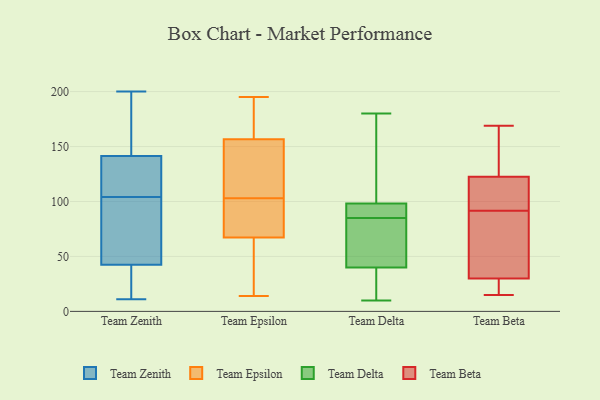
{"axis": {"x": "Inventory Turnover", "y": "Value"}, "legend": ["Team Beta", "Team Delta", "Team Epsilon", "Team Zenith"], "data": [{"x": "", "y": 137, "type": "Team Zenith"}, {"x": "", "y": 146, "type": "Team Zenith"}, {"x": "", "y": 11, "type": "Team Zenith"}, {"x": "", "y": 26, "type": "Team Zenith"}, {"x": "", "y": 200, "type": "Team Zenith"}, {"x": "", "y": 97, "type": "Team Zenith"}, {"x": "", "y": 24, "type": "Team Zenith"}, {"x": "", "y": 99, "type": "Team Zenith"}, {"x": "", "y": 161, "type": "Team Zenith"}, {"x": "", "y": 59, "type": "Team Zenith"}, {"x": "", "y": 165, "type": "Team Zenith"}, {"x": "", "y": 76, "type": "Team Zenith"}, {"x": "", "y": 109, "type": "Team Zenith"}, {"x": "", "y": 93, "type": "Team Zenith"}, {"x": "", "y": 180, "type": "Team Zenith"}, {"x": "", "y": 129, "type": "Team Zenith"}, {"x": "", "y": 123, "type": "Team Zenith"}, {"x": "", "y": 137, "type": "Team Zenith"}, {"x": "", "y": 19, "type": "Team Zenith"}, {"x": "", "y": 13, "type": "Team Zenith"}, {"x": "", "y": 195, "type": "Team Epsilon"}, {"x": "", "y": 162, "type": "Team Epsilon"}, {"x": "", "y": 167, "type": "Team Epsilon"}, {"x": "", "y": 14, "type": "Team Epsilon"}, {"x": "", "y": 132, "type": "Team Epsilon"}, {"x": "", "y": 156, "type": "Team Epsilon"}, {"x": "", "y": 67, "type": "Team Epsilon"}, {"x": "", "y": 34, "type": "Team Epsilon"}, {"x": "", "y": 63, "type": "Team Epsilon"}, {"x": "", "y": 69, "type": "Team Epsilon"}, {"x": "", "y": 140, "type": "Team Epsilon"}, {"x": "", "y": 103, "type": "Team Epsilon"}, {"x": "", "y": 157, "type": "Team Epsilon"}, {"x": "", "y": 68, "type": "Team Epsilon"}, {"x": "", "y": 87, "type": "Team Epsilon"}, {"x": "", "y": 88, "type": "Team Delta"}, {"x": "", "y": 60, "type": "Team Delta"}, {"x": "", "y": 85, "type": "Team Delta"}, {"x": "", "y": 85, "type": "Team Delta"}, {"x": "", "y": 10, "type": "Team Delta"}, {"x": "", "y": 96, "type": "Team Delta"}, {"x": "", "y": 158, "type": "Team Delta"}, {"x": "", "y": 99, "type": "Team Delta"}, {"x": "", "y": 10, "type": "Team Delta"}, {"x": "", "y": 180, "type": "Team Delta"}, {"x": "", "y": 38, "type": "Team Delta"}, {"x": "", "y": 83, "type": "Team Delta"}, {"x": "", "y": 135, "type": "Team Delta"}, {"x": "", "y": 16, "type": "Team Delta"}, {"x": "", "y": 46, "type": "Team Delta"}, {"x": "", "y": 95, "type": "Team Delta"}, {"x": "", "y": 90, "type": "Team Delta"}, {"x": "", "y": 156, "type": "Team Delta"}, {"x": "", "y": 10, "type": "Team Delta"}, {"x": "", "y": 169, "type": "Team Beta"}, {"x": "", "y": 27, "type": "Team Beta"}, {"x": "", "y": 114, "type": "Team Beta"}, {"x": "", "y": 143, "type": "Team Beta"}, {"x": "", "y": 82, "type": "Team Beta"}, {"x": "", "y": 21, "type": "Team Beta"}, {"x": "", "y": 58, "type": "Team Beta"}, {"x": "", "y": 100, "type": "Team Beta"}, {"x": "", "y": 147, "type": "Team Beta"}, {"x": "", "y": 83, "type": "Team Beta"}, {"x": "", "y": 119, "type": "Team Beta"}, {"x": "", "y": 15, "type": "Team Beta"}, {"x": "", "y": 33, "type": "Team Beta"}, {"x": "", "y": 118, "type": "Team Beta"}, {"x": "", "y": 126, "type": "Team Beta"}, {"x": "", "y": 21, "type": "Team Beta"}]}